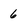
Character: 6